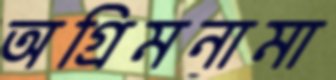
অগ্রিমনামা